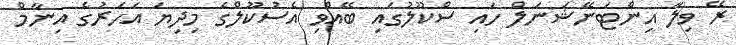
ރޭ ވިލާ އިންޓަނޭޝަނަލް ހައި ސްކޫލުގައި ބޭއްވި އެސުކޫލްގެ މިދިޔަ އަހަރުގެ އިނާމް